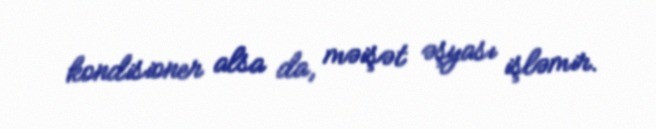
kondisioner alsa da, məişət əşyası işləmir.